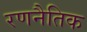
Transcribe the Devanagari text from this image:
रणनैतिक